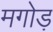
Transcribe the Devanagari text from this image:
मगोड़